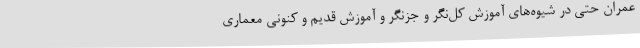
عمران حتی در شیوه‌های آموزش کل‌نگر و جزنگر و آموزش قدیم و کنونی معماری